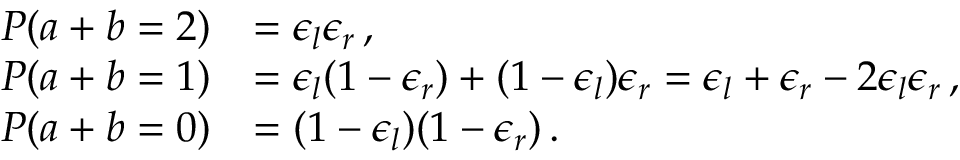
\begin{array} { r l } { P ( a + b = 2 ) } & { = \epsilon _ { l } \epsilon _ { r } \, , } \\ { P ( a + b = 1 ) } & { = \epsilon _ { l } ( 1 - \epsilon _ { r } ) + ( 1 - \epsilon _ { l } ) \epsilon _ { r } = \epsilon _ { l } + \epsilon _ { r } - 2 \epsilon _ { l } \epsilon _ { r } \, , } \\ { P ( a + b = 0 ) } & { = ( 1 - \epsilon _ { l } ) ( 1 - \epsilon _ { r } ) \, . } \end{array}